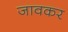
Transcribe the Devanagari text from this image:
जावकर